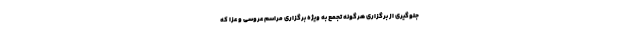
جلوگیری از برگزاری هرگونه تجمع به ویژه برگزاری مراسم عروسی و عزا که